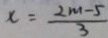
x = \frac { 2 m - 5 } { 3 }